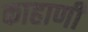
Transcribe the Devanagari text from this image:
काहाणी